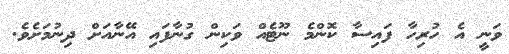
ވަނީ އެ ހުރިހާ ފައިސާ ކޮންމެ ނޫޓެއް ވަކިން ގުނާފައި އޭނާއަށް ދިނުމަށެވެ.